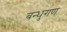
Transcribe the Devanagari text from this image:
बन्धुगण